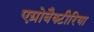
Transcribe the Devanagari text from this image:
एग्रोबैक्टीरिया